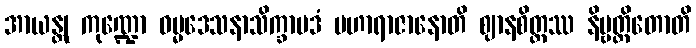
အာယန္တု ကုဏ္ဍော ဓမ္မဒေသနာသိက္ခာပဒံ မဟာရာဇာနောတိ ဈာနစိတ္တဿ နိဗ္ဗတ္တိတောတိ